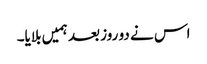
اس نے دو روز بعد ہمیں بلایا۔